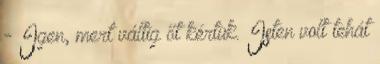
- Igen, mert váltig őt kértük. Isten volt tehát